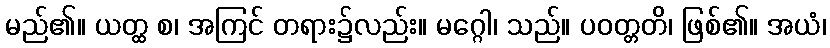
မည်၏။ ယတ္ထ စ၊ အကြင် တရား၌လည်း။ မဂ္ဂေါ၊ သည်။ ပဝတ္တတိ၊ ဖြစ်၏။ အယံ၊